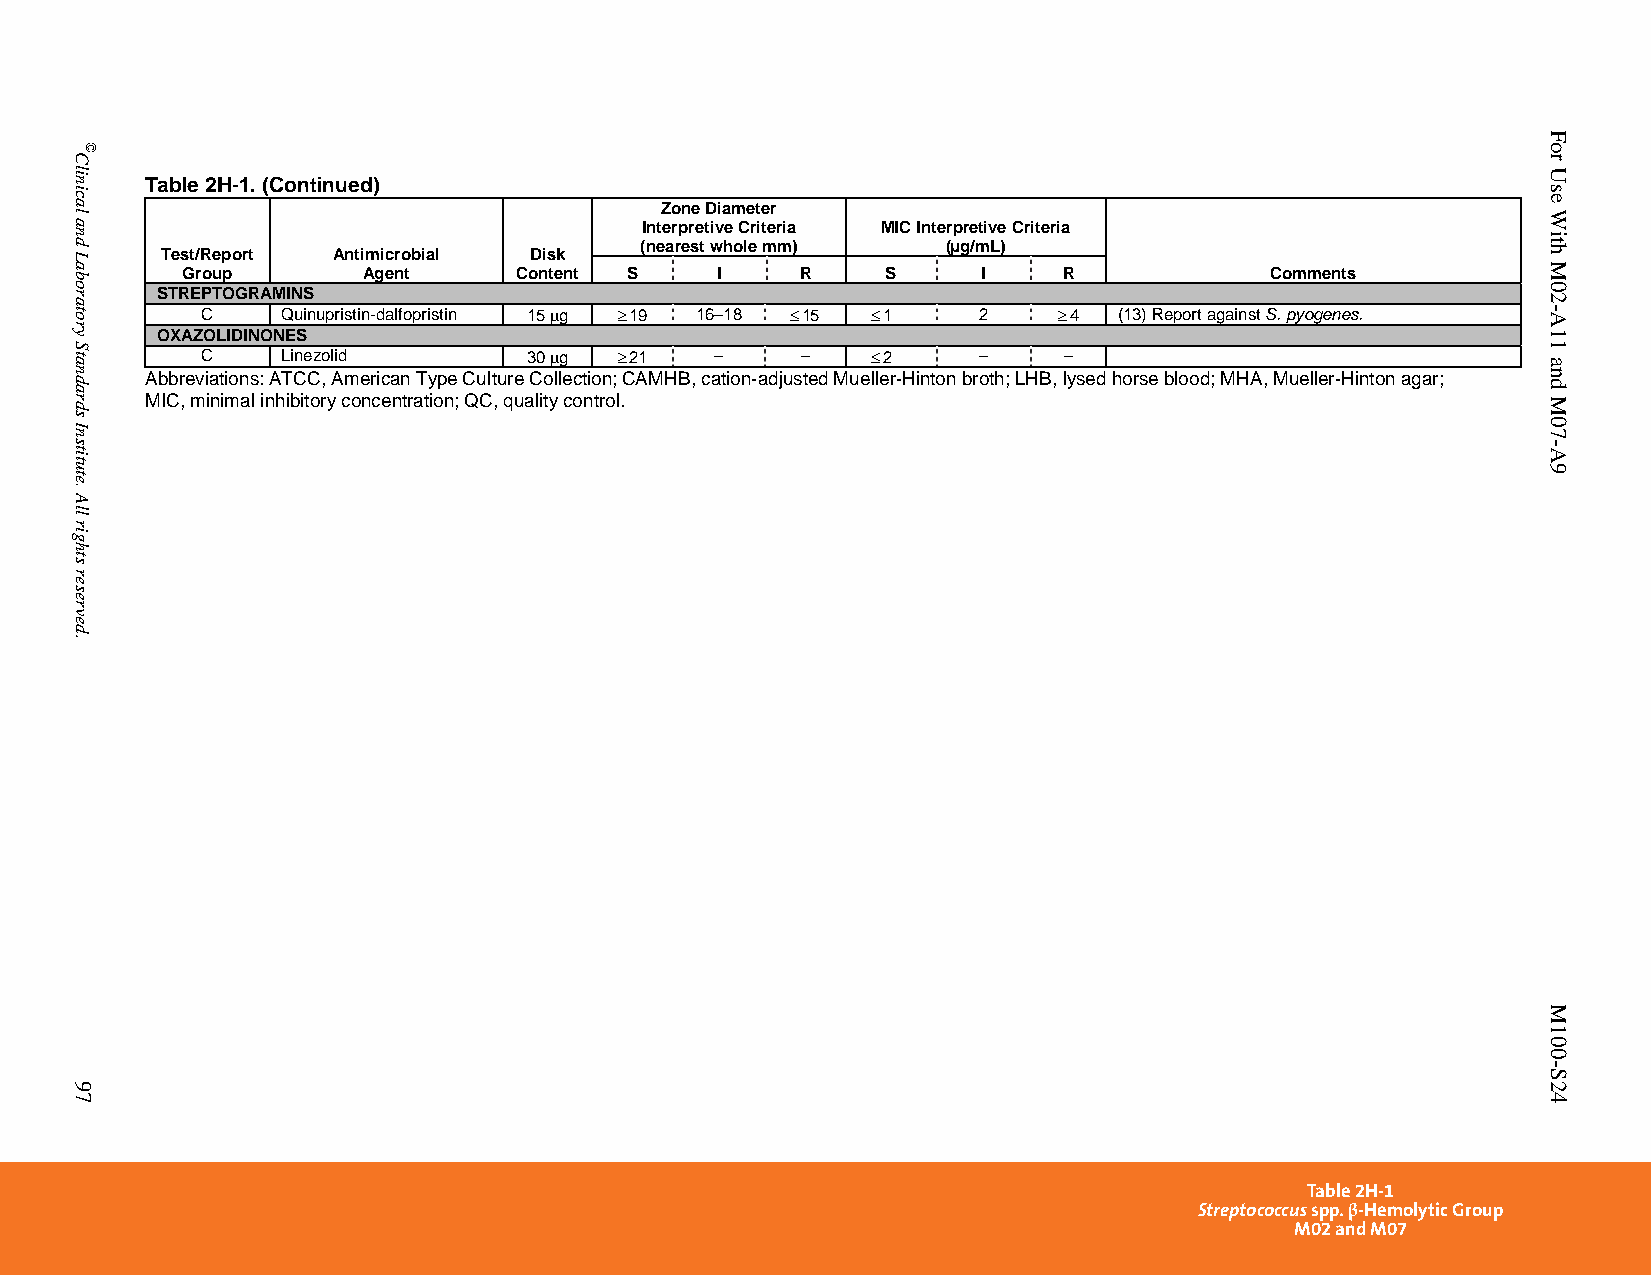
Table 2H-1. (Continued)
 Zone Diameter
 Interpretive Criteria MIC Interpretive Criteria
 (nearest whole mm)   (µg/mL)
 Test/Report Antimicrobial Disk
 Group       Agent     Content S    I     R     S     I    R             Comments
 STREPTOGRAMINS
 C     Quinupristin-dalfopristin 15 g  19 16–18  15  1 2  4 (13) Report against S. pyogenes.
 OXAZOLIDINONES
 C     Linezolid       30 g  21  –     –     2    –    –
 Abbreviations: ATCC, American Type Culture Collection; CAMHB, cation-adjusted Mueller-Hinton broth; LHB, lysed horse blood; MHA, Mueller-Hinton agar;
 MIC, minimal inhibitory concentration; QC, quality control.
 Table 2H-1
 Streptococcus spp. β-Hemolytic Group
 M02 and M07
 PublishedOn1/1/2014. Thisdocumentisprotectedbycopyright.
 Clinical
 and
 Laboratory
 Standards
 Institute.
 All
 rights
 reserved.
 97
 ©
 For
 Use
 With
 M02-A11
 and
 M07-A9
 M100-S24